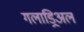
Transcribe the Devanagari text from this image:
गलाड्रिअल